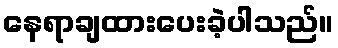
နေရာချထားပေးခဲ့ပါသည်။